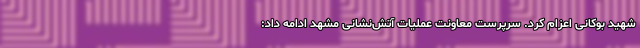
شهید بوکانی اعزام کرد. سرپرست معاونت عملیات آتش‌نشانی مشهد ادامه داد: